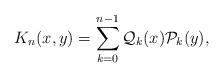
LaTeX: \begin{align*} K_n(x,y) = \sum_{k=0}^{n-1} \mathcal{Q}_k(x) \mathcal{P}_k(y), \end{align*}